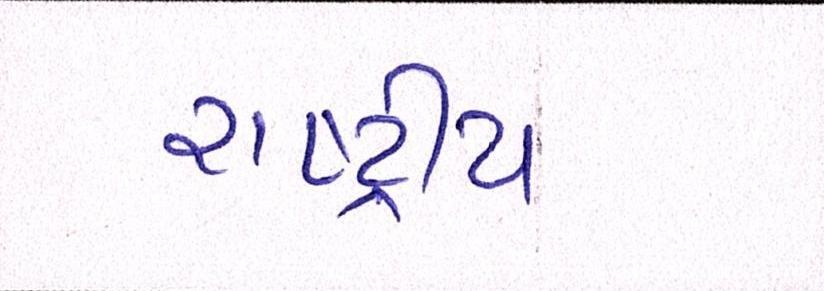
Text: રાષ્ટ્રીય